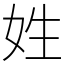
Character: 姓